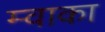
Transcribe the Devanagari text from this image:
म्वाका